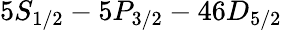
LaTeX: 5S_{1/2}-5P_{3/2}-46D_{5/2}